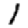
Digit: 1